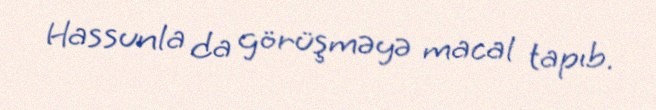
Hassunla da görüşməyə macal tapıb.